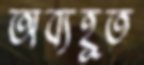
অব্যহূত